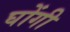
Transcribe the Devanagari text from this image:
घोंगी